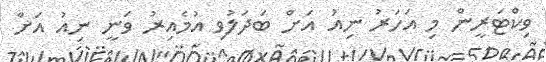
ވިކްޓަރީން މި އަހަރު ނިއު އަށް ބަދަލުވި އުމެއިރު ވަނީ ނިއު އަށް